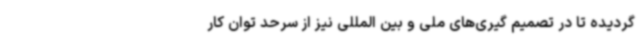
گردیده تا در تصمیم گیری‌های ملی و بین المللی نیز از سرحد توان کار